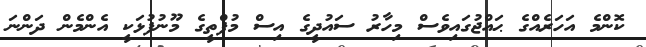
ކޮންމެ އަހަރެއްގެ ޙައްޖުގައިވެސް މިހާރު ސައުދީގެ އިސް މުފްތީގެ މޫނުފުޅަކީ އެންމެން ދަންނަ